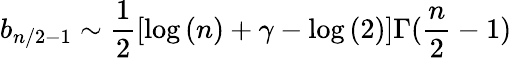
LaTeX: b_{n/2-1}\sim\frac{1}{2}[\log{(n)}+\gamma-\log{(2)}]\Gamma(\frac{n}{2}-1)